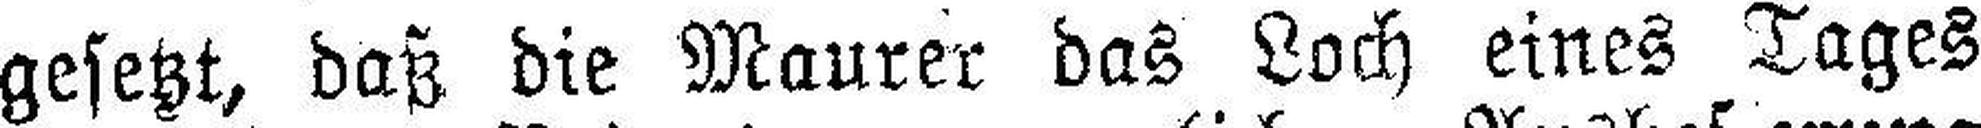
gesetzt, daß die Maurer das Loch eines Tages